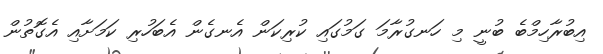
އިބުރާހިމްބެ ބުނީ މި ހަނގުރާމަ ގަމުގައި ކުރިކަން އެނގެން އެބަހުރި ކަމަށާއި އެގޮތުން